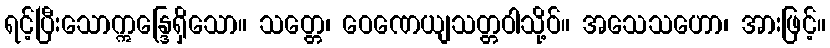
ရင့်ပြီးသောဣန္ဒြေရှိသော။ သတ္တေ၊ ဝေဏေယျသတ္တဝါသို့ဝ်။ အသေသဟော၊ အားဖြင့်။